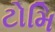
ટોમિ